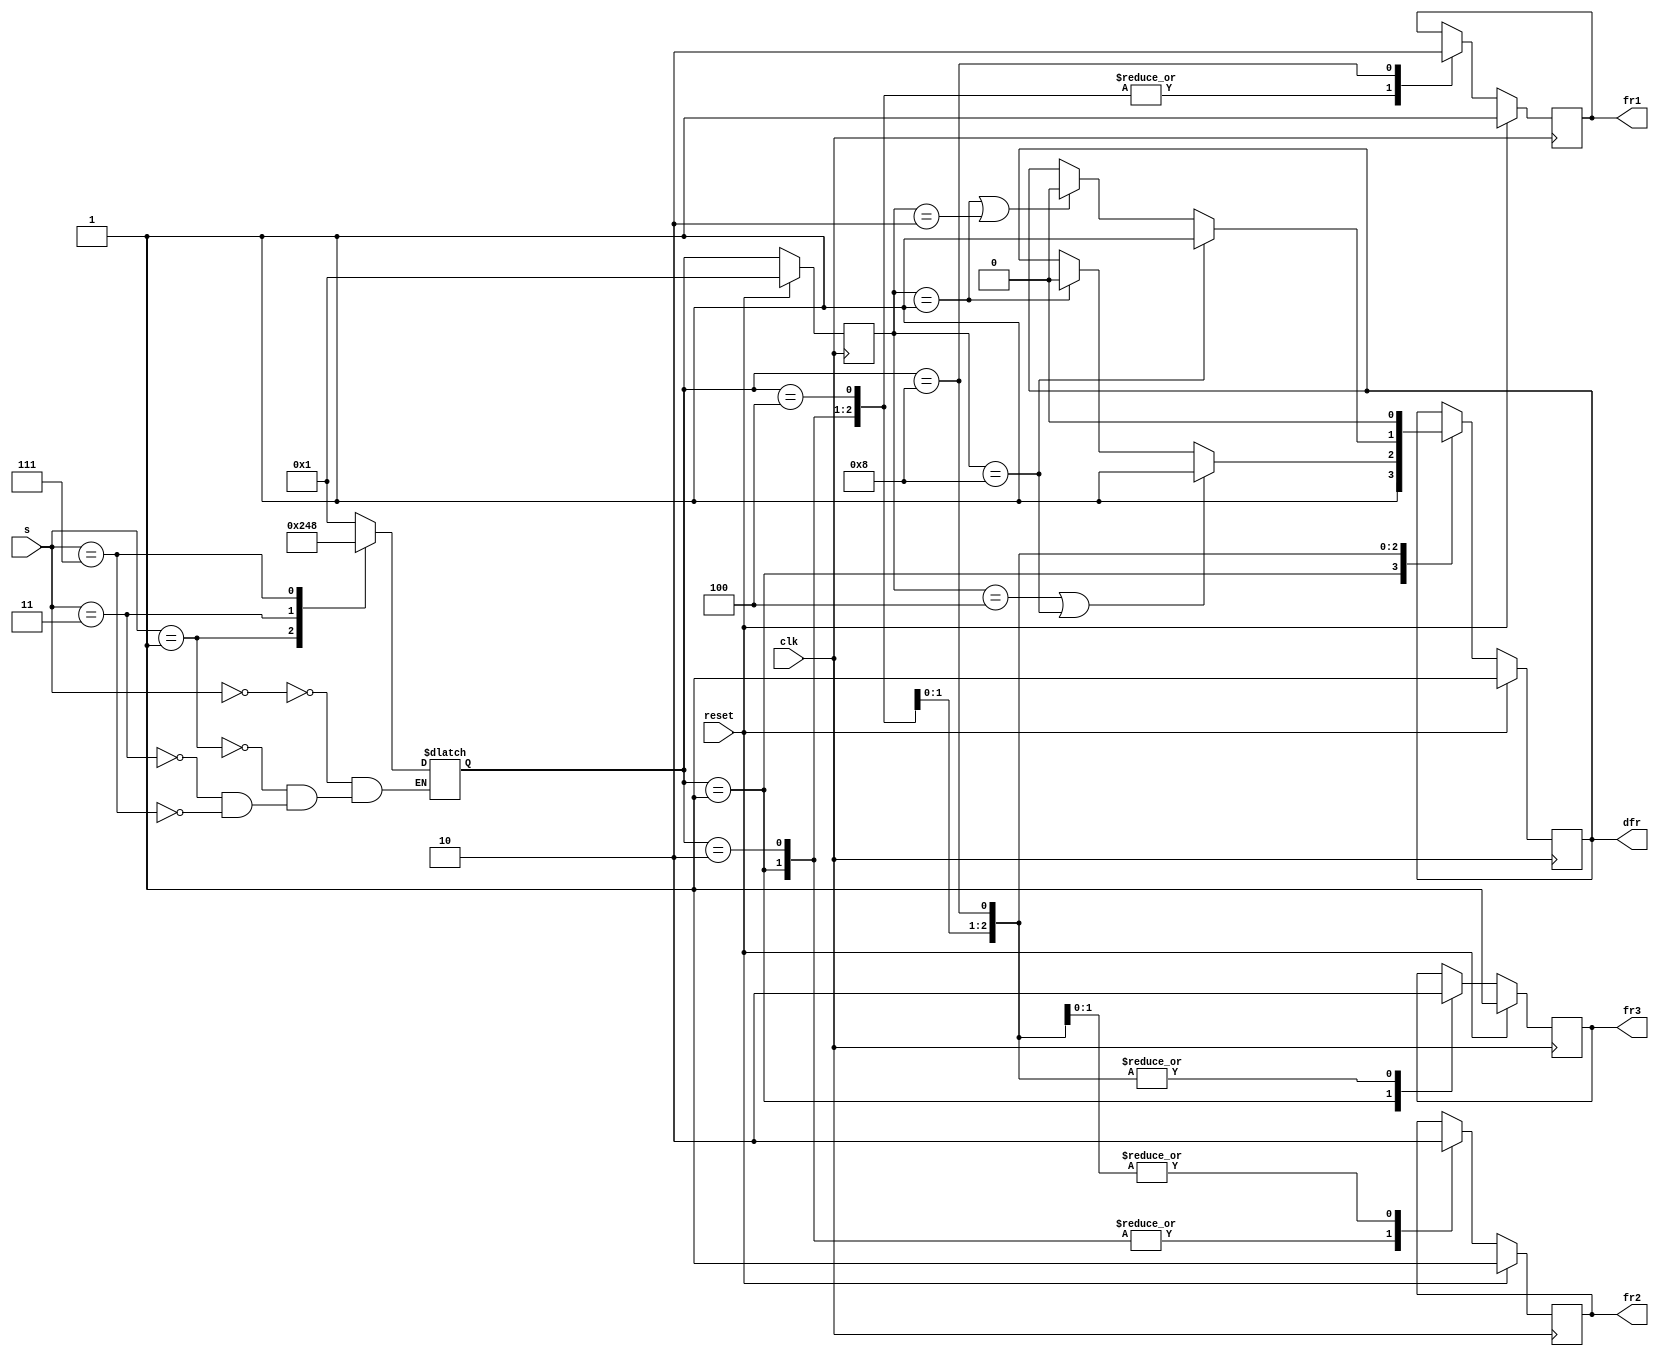
module top_module (
    input clk,
    input reset,
    input [3:1] s,
    output fr3,
    output fr2,
    output fr1,
    output dfr
); 
    
    parameter A = 4'b0001 ;
    parameter B = 4'b0010 ;
    parameter C = 4'b0100 ;
    parameter D = 4'b1000 ;
    reg [3:0] cstate ;
    reg [3:0] nstate ;
    
    reg o_fr1 , o_fr2 , o_fr3 , o_dfr ;
    assign fr1 = o_fr1 ;
    assign fr2 = o_fr2 ;
    assign fr3 = o_fr3 ;
    assign dfr = o_dfr ;
    
    always @(posedge clk) begin
        if(reset) begin
            cstate <= A ;
        end
        else begin
            cstate <= nstate ;
        end
    end
    
    always @(*) begin
        case(s) 
            3'b000 : nstate = A ;
            3'b001 : nstate = B ;
            3'b011 : nstate = C ; 
            3'b111 : nstate = D ;
        endcase
    end
    
    always @(posedge clk) begin
        if(reset) begin
            o_fr1 <= 1 ;
            o_fr2 <= 1 ;
            o_fr3 <= 1 ;
            o_dfr <= 1 ;
        end
        else begin
            case(nstate)
                A : begin
        	    o_fr1 <= 1 ;
            	    o_fr2 <= 1 ;
            	    o_fr3 <= 1 ;
                    o_dfr <= 1 ;
                end
                B : begin
        	    o_fr1 <= 1 ;
            	    o_fr2 <= 1 ;
            	    o_fr3 <= 0 ;
                    if(cstate == C || cstate == D) o_dfr <= 1 ;
                    else if(cstate == A)  o_dfr <= 0 ;
                end
                C : begin
                    o_fr1 <= 1 ;
            	    o_fr2 <= 0 ;
            	    o_fr3 <= 0 ;
                    if(cstate == D) o_dfr <= 1 ;
                    else if(cstate == A || cstate == B) o_dfr <= 0 ;
                end
                D : begin
                    o_fr1 <= 0 ;
            	    o_fr2 <= 0 ;
            	    o_fr3 <= 0 ;
                    o_dfr <= 0 ;
                end
            endcase
        end
    end

endmodule